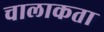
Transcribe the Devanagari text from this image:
चालाकता